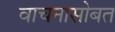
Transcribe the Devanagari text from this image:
वाचनासोबत